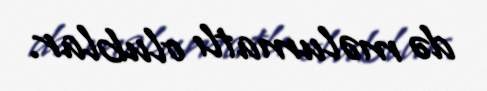
də məlumatlı olublar.